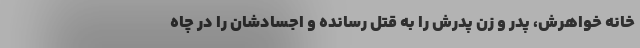
خانه خواهرش، پدر و زن پدرش را به قتل رسانده و اجسادشان را در چاه